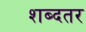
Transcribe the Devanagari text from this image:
शब्दतर